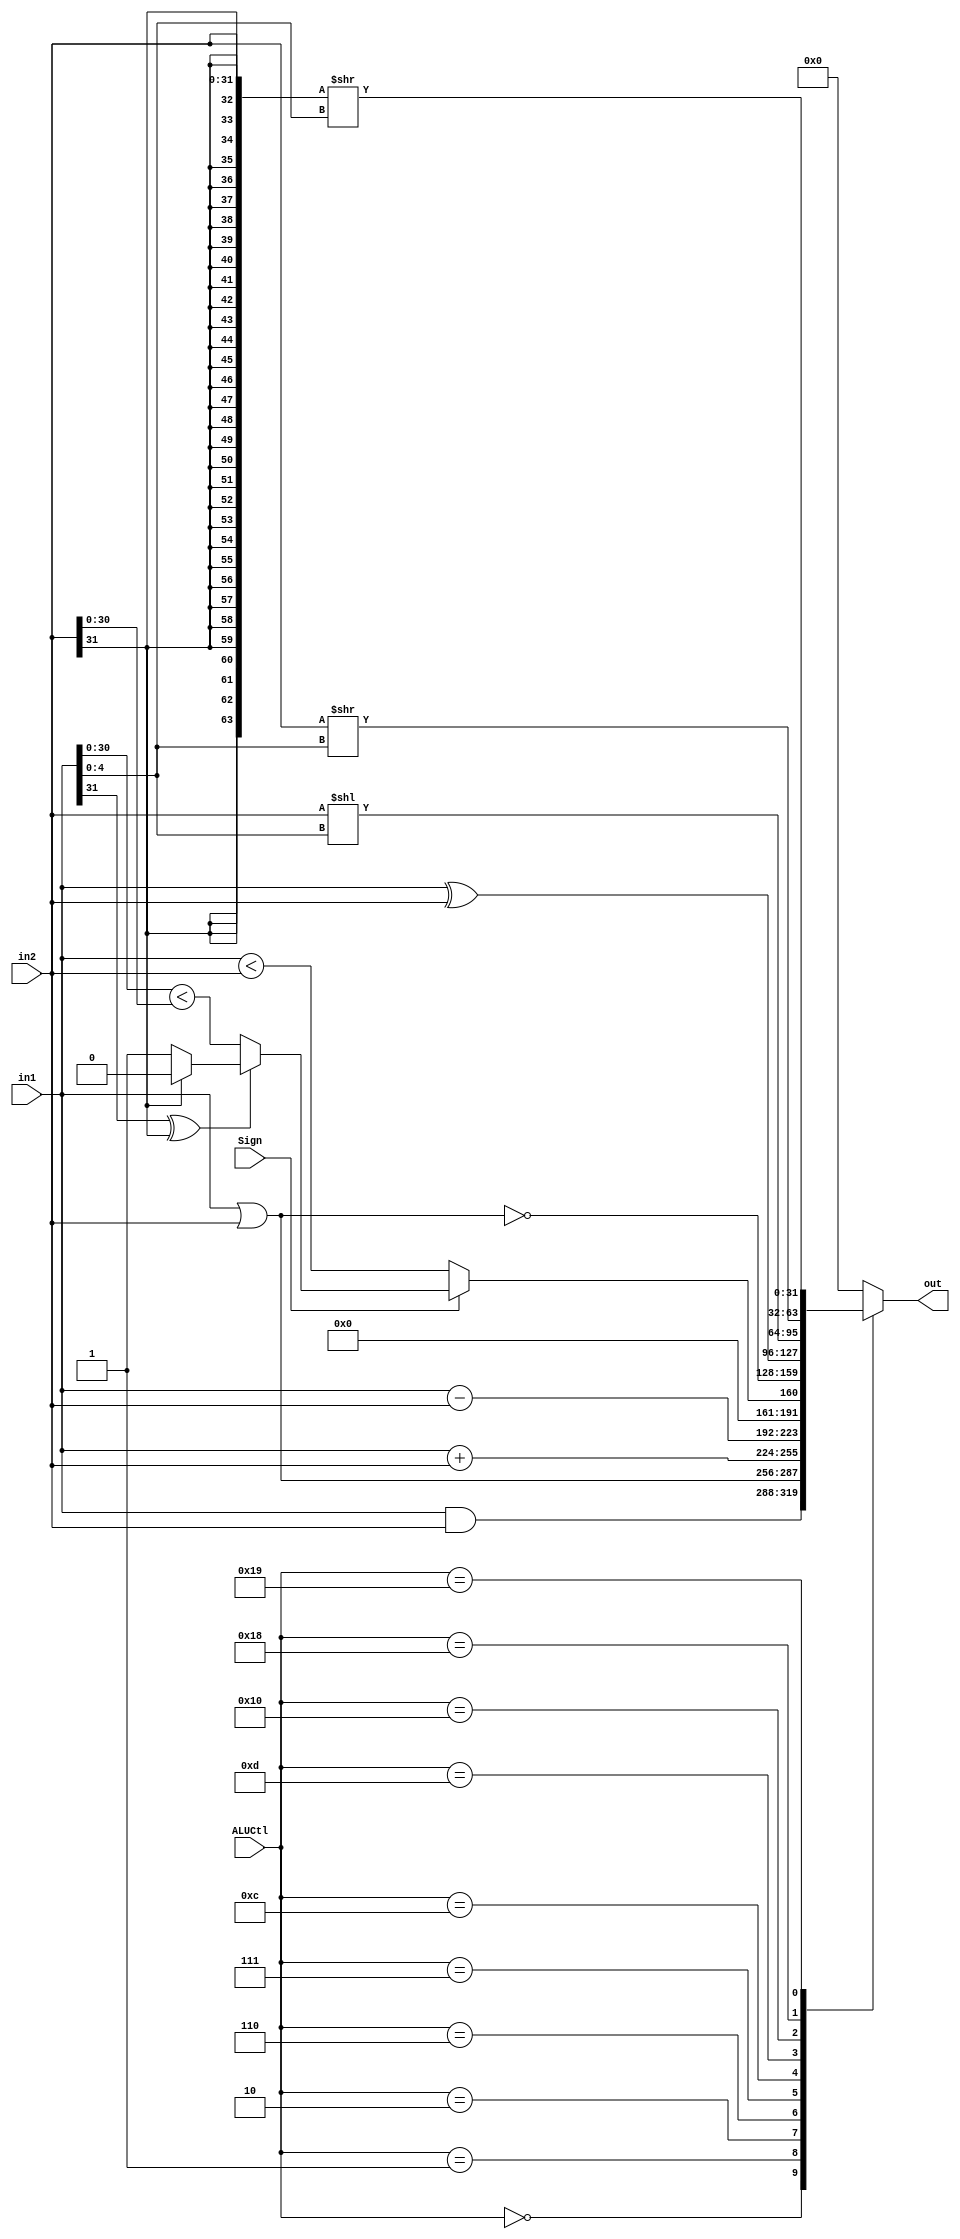
module ALU(in1, in2, ALUCtl, Sign, out);
	input [31:0] in1, in2;
	input [4:0] ALUCtl;
	input Sign;
	output reg [31:0] out;
	
	wire ss;
	assign ss = {in1[31], in2[31]};
	
	wire lt_31;
	assign lt_31 = (in1[30:0] < in2[30:0]);
	
	wire lt_signed;
	assign lt_signed = (in1[31] ^ in2[31])? 
		((ss == 2'b01)? 0: 1): lt_31;
	
	always @(*)
		case (ALUCtl)
			5'b00000: out <= in1 & in2;
			5'b00001: out <= in1 | in2;
			5'b00010: out <= in1 + in2;
			5'b00110: out <= in1 - in2;
			5'b00111: out <= {31'h00000000, Sign? lt_signed: (in1 < in2)};
			5'b01100: out <= ~(in1 | in2);
			5'b01101: out <= in1 ^ in2;
			5'b10000: out <= (in2 << in1[4:0]);
			5'b11000: out <= (in2 >> in1[4:0]);
			5'b11001: out <= ({{32{in2[31]}}, in2} >> in1[4:0]);
			default: out <= 32'h00000000;
		endcase
	
endmodule